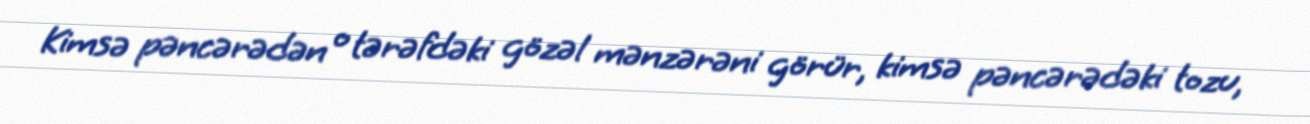
Kimsə pəncərədən o tərəfdəki gözəl mənzərəni görür, kimsə pəncərədəki tozu,